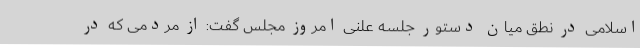
اسلامی در نطق میان دستور جلسه علنی امروز مجلس گفت: از مردمی که در